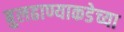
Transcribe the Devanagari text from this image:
बुलढाण्याकडेच्या